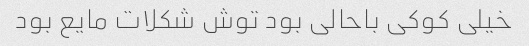
خیلی کوکی باحالی بود توش شکلات مایع بود